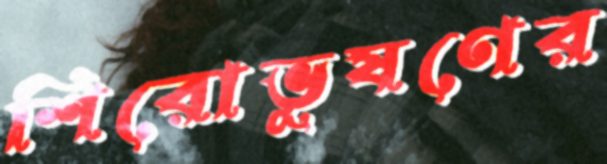
শিরোভূষণের